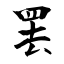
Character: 罢